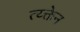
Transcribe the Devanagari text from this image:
त्य्क्तेन